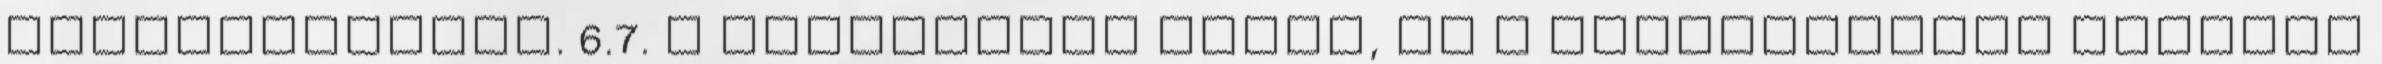
kezdeményezni. 6.7. A telepítést végzõ, és a telepítésért felelõs